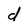
Character: d